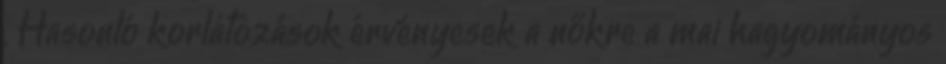
. Hasonló korlátozások érvényesek a nőkre a mai hagyományos